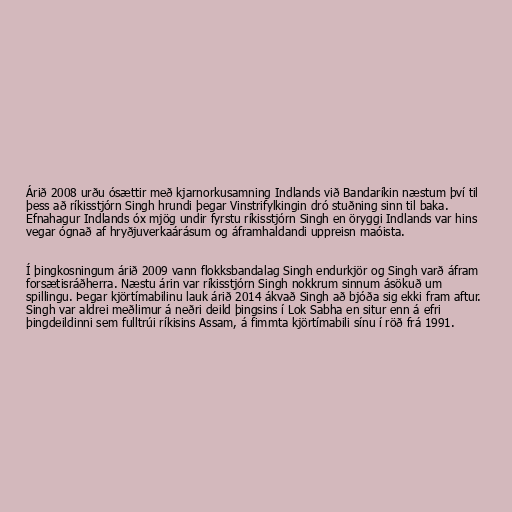
Árið 2008 urðu ósættir með kjarnorkusamning Indlands við Bandaríkin næstum því til
þess að ríkisstjórn Singh hrundi þegar Vinstrifylkingin dró stuðning sinn til baka.
Efnahagur Indlands óx mjög undir fyrstu ríkisstjórn Singh en öryggi Indlands var hins
vegar ógnað af hryðjuverkaárásum og áframhaldandi uppreisn maóista.

Í þingkosningum árið 2009 vann flokksbandalag Singh endurkjör og Singh varð áfram
forsætisráðherra. Næstu árin var ríkisstjórn Singh nokkrum sinnum ásökuð um
spillingu. Þegar kjörtímabilinu lauk árið 2014 ákvað Singh að bjóða sig ekki fram aftur.
Singh var aldrei meðlimur á neðri deild þingsins í Lok Sabha en situr enn á efri
þingdeildinni sem fulltrúi ríkisins Assam, á fimmta kjörtímabili sínu í röð frá 1991.